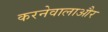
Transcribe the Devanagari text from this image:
करनेवालाऔर